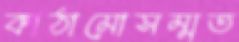
কাঠামোসম্মত